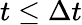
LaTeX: t\leq\Delta t